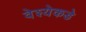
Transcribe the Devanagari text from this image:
वेश्येकडे